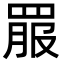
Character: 𦋉